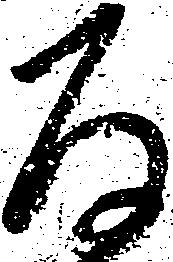
存